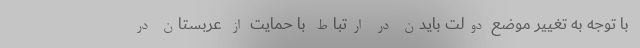
با توجه به تغییر موضع دولت بایدن در ارتباط با حمایت از عربستان در